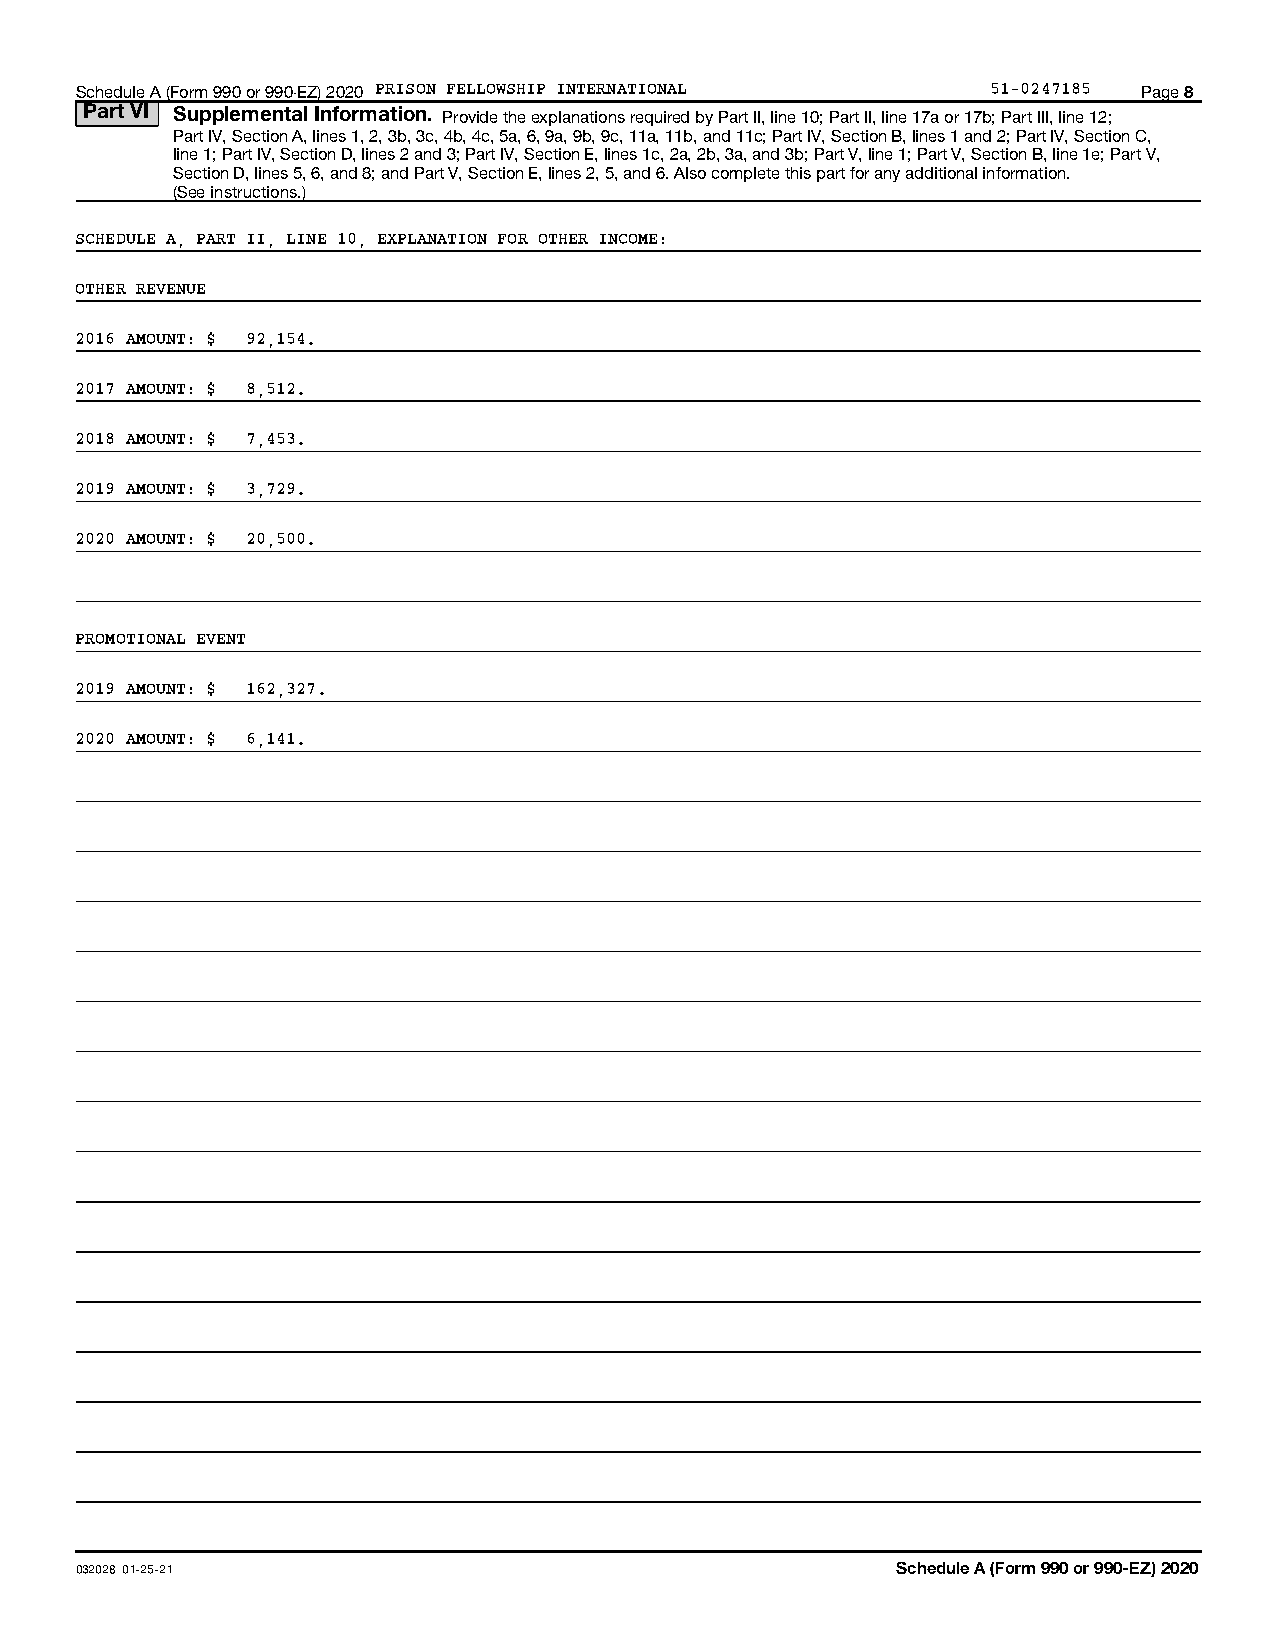
Schedule A (Form 990 or 990-EZ) 2020 PRISON FELLOWSHIP INTERNATIONAL 51-0247185 Page 8
 Part VI Supplemental Information. Provide the explanations required by Part II, line 10; Part II, line 17a or 17b; Part III, line 12;
 Part IV, Section A, lines 1, 2, 3b, 3c, 4b, 4c, 5a, 6, 9a, 9b, 9c, 11a, 11b, and 11c; Part IV, Section B, lines 1 and 2; Part IV, Section C,
 line 1; Part IV, Section D, lines 2 and 3; Part IV, Section E, lines 1c, 2a, 2b, 3a, and 3b; Part V, line 1; Part V, Section B, line 1e; Part V,
 Section D, lines 5, 6, and 8; and Part V, Section E, lines 2, 5, and 6. Also complete this part for any additional information.
 (See instructions.)
 SCHEDULE A, PART II, LINE 10, EXPLANATION FOR OTHER INCOME:
 OTHER REVENUE
 2016 AMOUNT: $ 92,154.
 2017 AMOUNT: $ 8,512.
 2018 AMOUNT: $ 7,453.
 2019 AMOUNT: $ 3,729.
 2020 AMOUNT: $ 20,500.
 PROMOTIONAL EVENT
 2019 AMOUNT: $ 162,327.
 2020 AMOUNT: $ 6,141.
 032028 01-25-21                                       Schedule A (Form 990 or 990-EZ) 2020